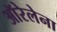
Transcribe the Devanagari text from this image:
ऑरेलेना